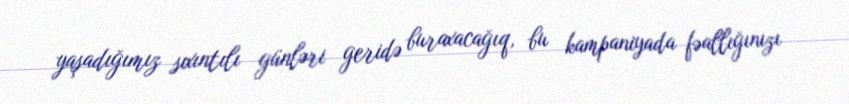
yaşadığımız sıxıntılı günləri geridə buraxacağıq, bu kampaniyada fəallığınızı